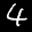
Label: 4